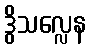
ဒွိသလ္လေန